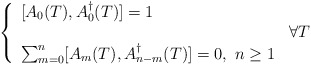
\begin{align*}\left\{ \begin{array}{ll}\displaystyle [A_{0}(T),A^{\dag }_{0}(T)]=1 & \\ & \forall T\\\sum _{m=0}^{n}[A_{m}(T),A^{\dag }_{n-m}(T)]=0,\, \, n\geq 1 & \end{array}\right.\end{align*}